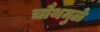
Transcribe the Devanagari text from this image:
चौथमुळे